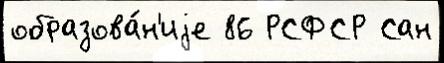
образова́н'иjе 86 РСФСР Сан